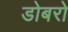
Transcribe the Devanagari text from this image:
डोबरो